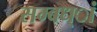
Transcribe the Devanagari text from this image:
सम्बध्ां